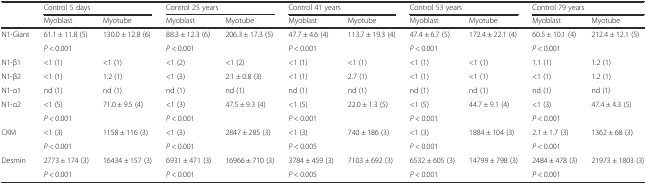
<table><thead><tr><td></td><td colspan="2"><b>Control 5 days</b></td><td colspan="2"><b>Control 25 years</b></td><td colspan="2"><b>Control 41 years</b></td><td colspan="2"><b>Control 53 years</b></td><td colspan="2"><b>Control 79 years</b></td></tr><tr><td></td><td><b>Myoblast</b></td><td><b>Myotube</b></td><td><b>Myoblast</b></td><td><b>Myotube</b></td><td><b>Myoblast</b></td><td><b>Myotube</b></td><td><b>Myoblast</b></td><td><b>Myotube</b></td><td><b>Myoblast</b></td><td><b>Myotube</b></td></tr></thead><tbody><tr><td>N1-Giant</td><td>61.1 ± 11.8 (5)</td><td>130.0 ± 12.8 (6)</td><td>88.3 ± 12.3 (6)</td><td>206.3 ± 17.3 (5)</td><td>47.7 ± 4.6 (4)</td><td>113.7 ± 19.3 (4)</td><td>47.4 ± 6.7 (5)</td><td>172.4 ± 22.1 (4)</td><td>60.5 ± 10.1 (4)</td><td>212.4 ± 12.1 (5)</td></tr><tr><td></td><td colspan="2"><i>P</i> &lt; 0.001</td><td colspan="2"><i>P</i> &lt; 0.001</td><td colspan="2"><i>P</i> &lt; 0.001</td><td colspan="2"><i>P</i> &lt; 0.001</td><td colspan="2"><i>P</i> &lt; 0.001</td></tr><tr><td>N1-β1</td><td>&lt;1 (1)</td><td>&lt;1 (1)</td><td>&lt;1 (2)</td><td>&lt;1 (2)</td><td>&lt;1 (1)</td><td>&lt;1 (1)</td><td>&lt;1 (1)</td><td>&lt;1 (1)</td><td>1.1 (1)</td><td>1.2 (1)</td></tr><tr><td>N1-β2</td><td>&lt;1 (1)</td><td>1.2 (1)</td><td>&lt;1 (3)</td><td>2.1 ± 0.8 (3)</td><td>&lt;1 (1)</td><td>2.7 (1)</td><td>&lt;1 (1)</td><td>&lt;1 (1)</td><td>&lt;1 (1)</td><td>1.2 (1)</td></tr><tr><td>N1-α1</td><td>nd (1)</td><td>nd (1)</td><td>nd (1)</td><td>nd (1)</td><td>nd (1)</td><td>nd (1)</td><td>nd (1)</td><td>nd (1)</td><td>nd (1)</td><td>nd (1)</td></tr><tr><td>N1-α2</td><td>&lt;1 (5)</td><td>71.0 ± 9.5 (4)</td><td>&lt;1 (3)</td><td>47.5 ± 9.3 (4)</td><td>&lt;1 (5)</td><td>22.0 ± 1.3 (5)</td><td>&lt;1 (5)</td><td>44.7 ± 9.1 (4)</td><td>&lt;1 (3)</td><td>47.4 ± 4.3 (5)</td></tr><tr><td></td><td colspan="2"><i>P</i> &lt; 0.001</td><td colspan="2"><i>P</i> &lt; 0.001</td><td colspan="2"><i>P</i> &lt; 0.001</td><td colspan="2"><i>P</i> &lt; 0.001</td><td colspan="2"><i>P</i> &lt; 0.001</td></tr><tr><td>CKM</td><td>&lt;1 (3)</td><td>1158 ± 116 (3)</td><td>&lt;1 (3)</td><td>2847 ± 285 (3)</td><td>&lt;1 (3)</td><td>740 ± 186 (3)</td><td>&lt;1 (3)</td><td>1884 ± 104 (3)</td><td>2.1 ± 1.7 (3)</td><td>1362 ± 68 (3)</td></tr><tr><td></td><td colspan="2"><i>P</i> &lt; 0.001</td><td colspan="2"><i>P</i> &lt; 0.001</td><td colspan="2"><i>P</i> &lt; 0.005</td><td colspan="2"><i>P</i> &lt; 0.001</td><td colspan="2"><i>P</i> &lt; 0.001</td></tr><tr><td>Desmin</td><td>2773 ± 174 (3)</td><td>16434 ± 157 (3)</td><td>6931 ± 471 (3)</td><td>16966 ± 710 (3)</td><td>3784 ± 459 (3)</td><td>7103 ± 692 (3)</td><td>6532 ± 605 (3)</td><td>14799 ± 798 (3)</td><td>2484 ± 478 (3)</td><td>21973 ± 1803 (3)</td></tr><tr><td></td><td colspan="2"><i>P</i> &lt; 0.001</td><td colspan="2"><i>P</i> &lt; 0.001</td><td colspan="2"><i>P</i> &lt; 0.005</td><td colspan="2"><i>P</i> &lt; 0.001</td><td colspan="2"><i>P</i> &lt; 0.001</td></tr></tbody></table>